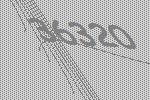
36320